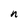
Character: n